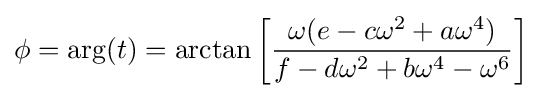
\phi =\arg(t)=\arctan \left[{\frac {\omega (e-c\omega ^{2}+a\omega ^{4})}{f-d\omega ^{2}+b\omega ^{4}-\omega ^{6}}}\right]